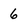
Character: 6